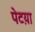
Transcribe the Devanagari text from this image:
पेटय़ा